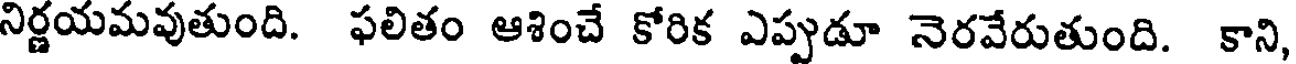
నిర్ణయమవుతుంది. ఫలితం ఆశించే కోరిక ఎప్పుడూ నెరవేరుతుంది. కాని,